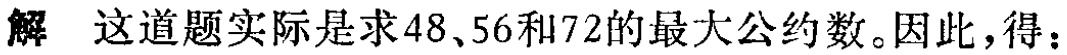
解 这道题实际是求\(48\)、\(56\)和\(72\)的最大公约数。因此，得：